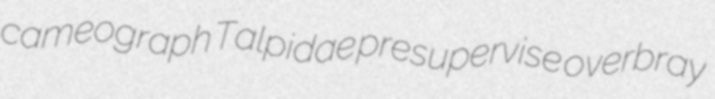
cameograph Talpidae presupervise overbray